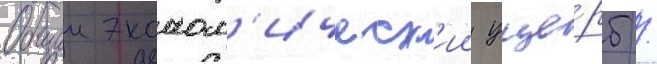
Общии эконом'ическ'ии уще́рб /